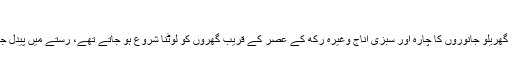
ایسی نہ چالیں چل کہ تیری ریشخندی ہو:
علی الصبح کھیتوں کا رخ کرنے والے کسان دم واپسی بیل گاڑیوں پر اپنا سامان، گھریلو جانوروں کا چارہ اور سبزی اناج وغیرہ رکھ کے عصر کے قریب گھروں کو لوٹنا شروع ہو جاتے تھے، رستے میں پیدل جانے والے بعض لوگ بھی اپنا سامان اس پر رکھ کے ساتھ بیٹھ جایا کرتے تھے۔